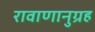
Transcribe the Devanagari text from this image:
रावाणानुग्रह